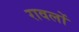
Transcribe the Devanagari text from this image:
रावलों